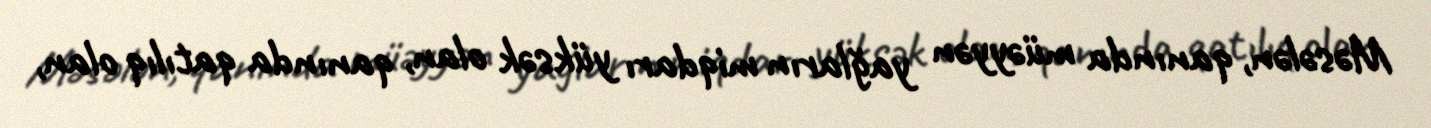
Məsələn, qanında müəyyən yağların miqdarı yüksək olan, qanında qatılıq olan,